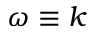
\omega \equiv k